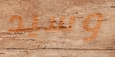
وسيد